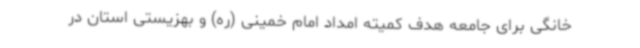
خانگی برای جامعه هدف کمیته امداد امام خمینی (ره) و بهزیستی استان در